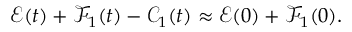
\mathcal { E } ( t ) + \mathcal { F } _ { 1 } ( t ) - \mathcal { C } _ { 1 } ( t ) \approx \mathcal { E } ( 0 ) + \mathcal { F } _ { 1 } ( 0 ) .